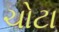
ચોટા